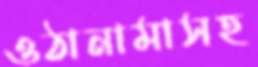
ওঠানামাসহ